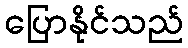
ပြောနိုင်သည်